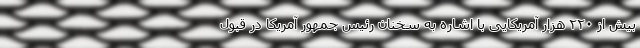
بیش از ۲۲۰ هزار آمریکایی با اشاره به سخنان رئیس جمهور آمریکا در قبول